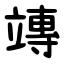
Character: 竱